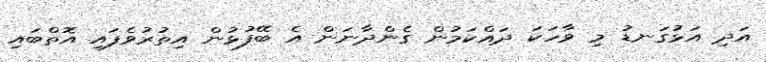
އަދި އަޅުގަނޑު މި ވާހަކަ ދައްކަމުން ގެންދާނަން އެ ބޭފުޅުން އިތުރުވެފައި އޮތްބައި